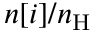
n [ i ] / n _ { \mathrm { H } }